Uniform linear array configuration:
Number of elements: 64
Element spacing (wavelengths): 0.25
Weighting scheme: cosine
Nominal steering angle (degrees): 0
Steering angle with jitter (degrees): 0.961
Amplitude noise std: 0.05
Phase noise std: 0.05

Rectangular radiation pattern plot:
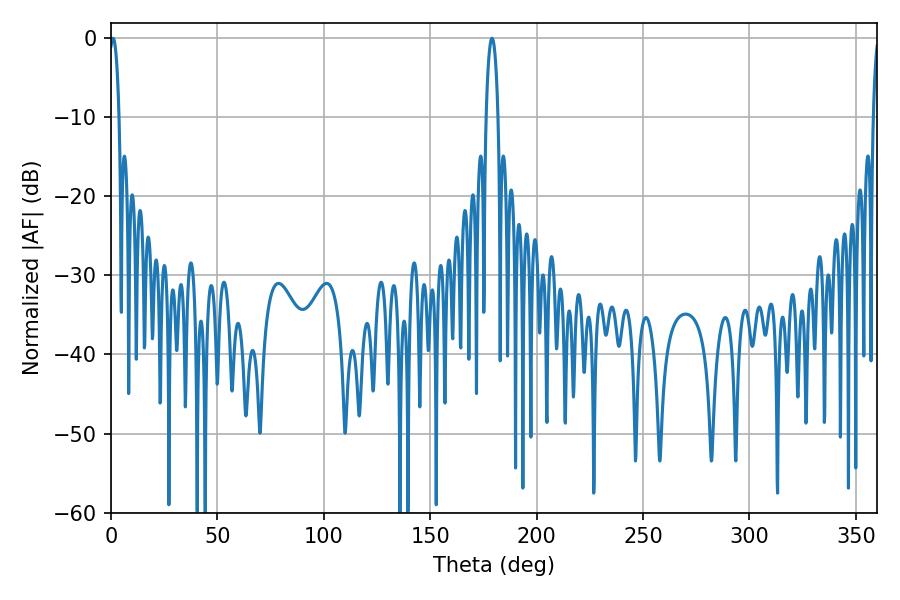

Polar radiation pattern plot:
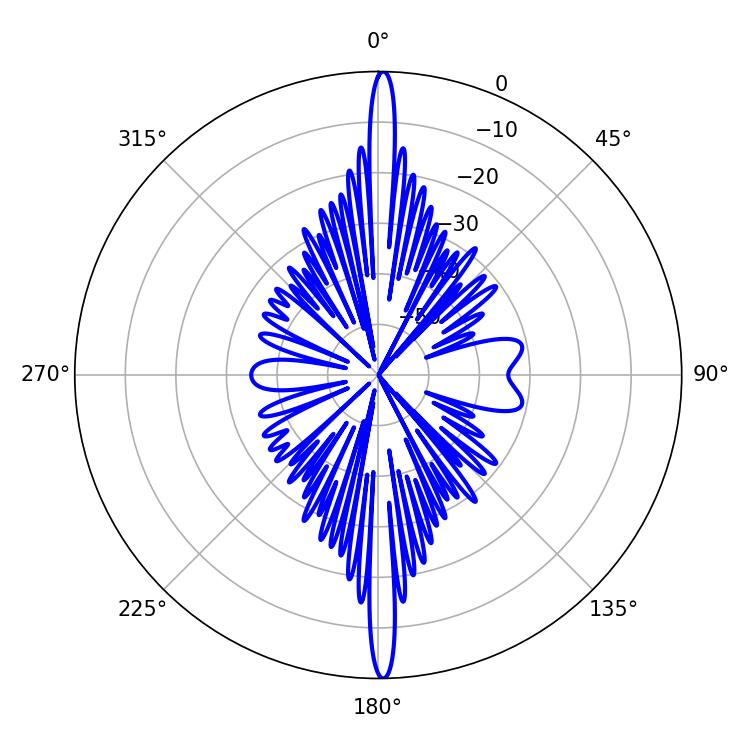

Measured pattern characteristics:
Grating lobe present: FALSE
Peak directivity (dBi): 29.309
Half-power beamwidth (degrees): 2.52
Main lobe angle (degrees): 0.9